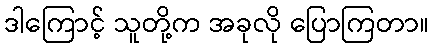
ဒါကြောင့် သူတို့က အခုလို ပြောကြတာ။